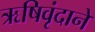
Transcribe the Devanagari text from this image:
ऋषिवृंदाने